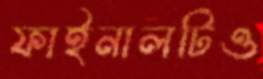
ফাইনালটিও